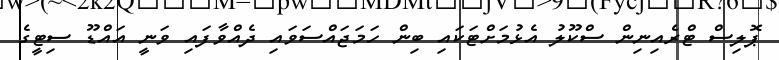
ޕޮލިސް ޓްރެއިނިން ސްކޫލު އެޅުމަށްޓަކައި ބިން ހަމަޖައްސަވައި ދެއްވާފައި ވަނީ އައްޑޫ ސިޓީގެ